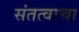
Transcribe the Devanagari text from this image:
संतत्वाचा